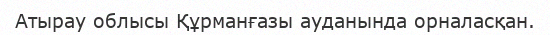
Атырау облысы Құрманғазы ауданында орналасқан.